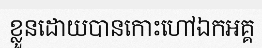
ខ្លួនដោយបានកោះហៅឯកអគ្គ